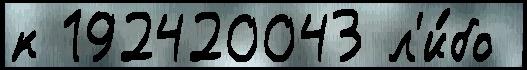
к 192420043 л'и́бо